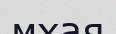
мхая